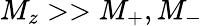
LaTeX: {M_{z}>>M_{+},M_{-}}